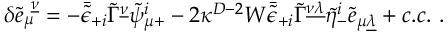
\delta { \tilde { e } } _ { \mu } ^ { \ \underline { { \nu } } } = - \bar { \tilde { \epsilon } } _ { + i } \tilde { \Gamma } ^ { \underline { { \nu } } } \tilde { \psi } _ { \mu + } ^ { i } - 2 \kappa ^ { D - 2 } W \bar { \tilde { \epsilon } } _ { + i } \tilde { \Gamma } ^ { \underline { { { \nu \lambda } } } } \tilde { \eta } _ { - } ^ { i } \tilde { e } _ { \mu \underline { { \lambda } } } + c . c . \ .